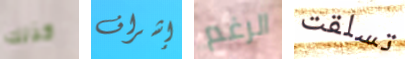
كذلك إشراف الرغم تسلقت